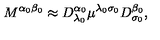
M ^ { \alpha _ { 0 } \beta _ { 0 } } \approx D _ { \lambda _ { 0 } } ^ { \alpha _ { 0 } } \mu ^ { \lambda _ { 0 } \sigma _ { 0 } } D _ { \sigma _ { 0 } } ^ { \beta _ { 0 } } ,